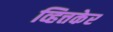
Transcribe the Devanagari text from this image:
व्हित्तकेर